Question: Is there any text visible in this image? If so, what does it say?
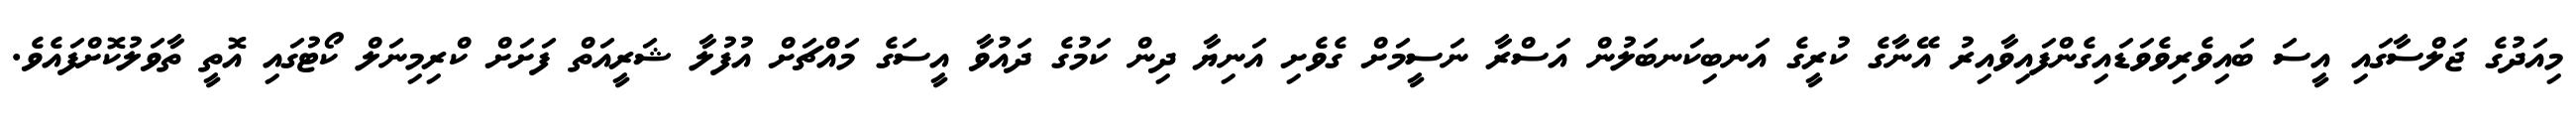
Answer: މިއަދުގެ ޖަލްސާގައި އީސަ ބައިވެރިވެވަޑައިގެންފައިވާއިރު އޭނާގެ ކުރީގެ އަނބިކަނބަލުން އަސްރާ ނަސީމަށް ގެވެށި އަނިޔާ ދިން ކަމުގެ ދައުވާ އީސަގެ މައްޗަށް އުފުލާ ޝަރީއަތް ފަށަށް ކްރިމިނަލް ކޯޓުގައި އޮތީ ތާވަލުކޮށްފައެވެ.